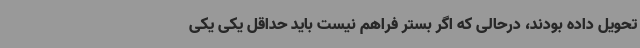
تحویل داده بودند، درحالی که اگر بستر فراهم نیست باید حداقل یکی یکی